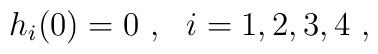
h_i (0) = 0 \ , \ \ i=1,2,3,4 \ ,\nonumber